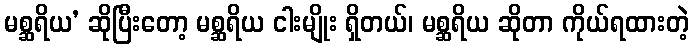
မစ္ဆရိယ’ ဆိုပြီးတော့ မစ္ဆရိယ ငါးမျိုး ရှိတယ်၊ မစ္ဆရိယ ဆိုတာ ကိုယ်ရထားတဲ့